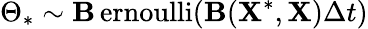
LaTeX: \Theta_{\ast}\sim\operatorname{\mathbf{B}ernoulli}\! \left(\mathbf{B}(\mathbf{X}^{\ast},\mathbf{X})\Delta{t}\right)